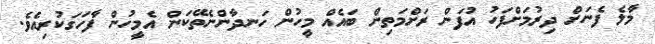
މާލެ ފެނަށް ދިރުމަށްފަހު އުފަން ރަށްމަތިން ބައެއް މީހުން ހަނދާންނެތޭކަން އެމީހުން ފާހަގަކުރިއެވެ.